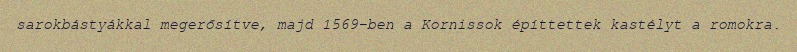
sarokbástyákkal megerősítve, majd 1569-ben a Kornissok építtettek kastélyt a romokra.